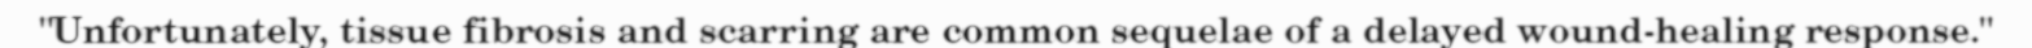
"Unfortunately, tissue fibrosis and scarring are common sequelae of a delayed wound-healing response."